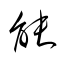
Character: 能